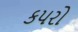
કપરો